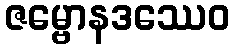
ဇမ္ဗောနဒဿေဝ